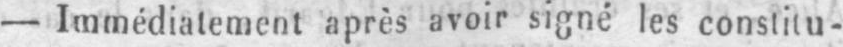
- Immédiatement après avoir signé les constitu-